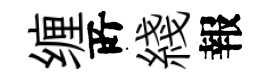
缠𠩄綫報